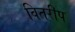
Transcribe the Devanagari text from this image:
वितरीप